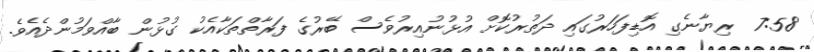
7:58  ރިޔާނެގި އޮޑިފަހަރުގައި ދަތުރުކޮށް އުޅުނުއިރުވެސް ބޭރުގެ ފަރާތްތަކާއެކު ގުޅުން ބާއްވަމުންދެއެވެ.